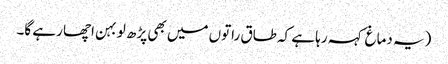
(یہ دماغ کہہ رہا ہے کہ طاق راتوں میں بھی پڑھ لو بہن اچھا رہے گا۔